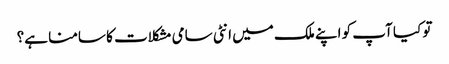
تو کیا آپ کو اپنے ملک میں انٹی سامی مشکلات کا سامنا ہے؟